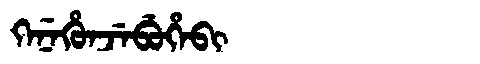
Manchu: ᡴᡝᠨᡝᡥᡠᠨᠵᡝᠪᡠᡥᡝᠪᡳ
Romanization: KENEHUNJEBUHEBI